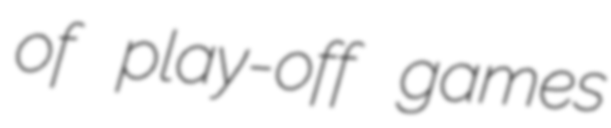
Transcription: of play-off games